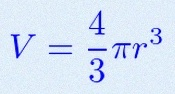
V=\frac43\pi r^3